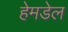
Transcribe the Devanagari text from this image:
हेमडेल